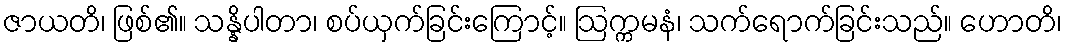
ဇာယတိ၊ ဖြစ်၏။ သန္နိပါတာ၊ စပ်ယှက်ခြင်းကြောင့်။ ဩက္ကမနံ၊ သက်ရောက်ခြင်းသည်။ ဟောတိ၊